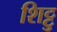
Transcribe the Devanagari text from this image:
शिट्टु